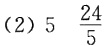
(2) \(5\frac{24}{5}\)